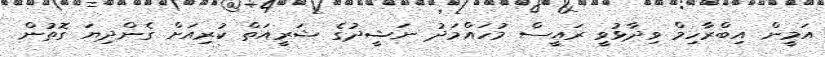
އަމީން އިބްރާހިމް ވިދާޅުވީ ރައީސް މުހައްމަދު ނަޝީދުގެ ޝަރީއަތް ކުރިއަށް ގެންދިޔަ ގޮތުން